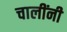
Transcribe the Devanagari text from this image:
चालींनी